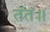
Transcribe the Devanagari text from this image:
तंत॥